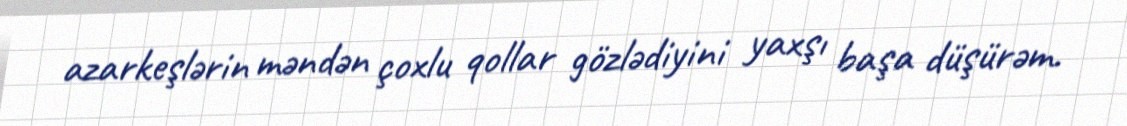
azarkeşlərin məndən çoxlu qollar gözlədiyini yaxşı başa düşürəm.